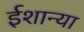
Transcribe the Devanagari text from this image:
ईशान्या